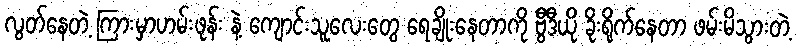
လွတ်နေတဲ့ ကြားမှာဟမ်းဖုန်း နဲ့ ကျောင်းသူလေးတွေ ရေချိုးနေတာကို ဗွီဒီယို ခိုးရိုက်နေတာ ဖမ်းမိသွားတဲ့